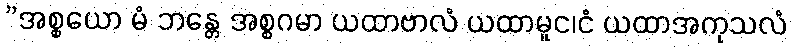
”အစ္စယော မံ ဘန္တေ အစ္စဂမာ ယထာဗာလံ ယထာမူင၊ငံ ယထာအကုသလံ